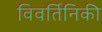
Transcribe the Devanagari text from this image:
विवर्तिनिकी